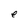
Character: e